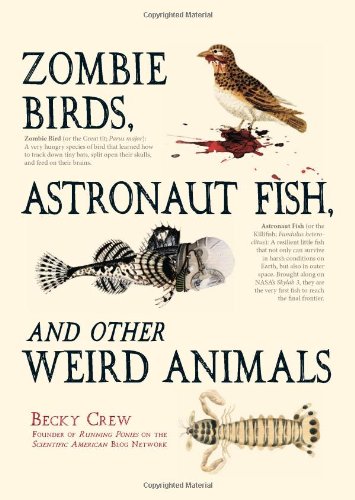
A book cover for Zombie Birds, Astronaut Fish, and Other Weird Animals; Becky Crew; Humor & Entertainment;